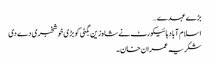
بڑے عہدے…
اسلام آباد ہائیکورٹ نے شاہ زین بگٹی کو بڑی خوشخبری دے دی
شکریہ عمران خان۔